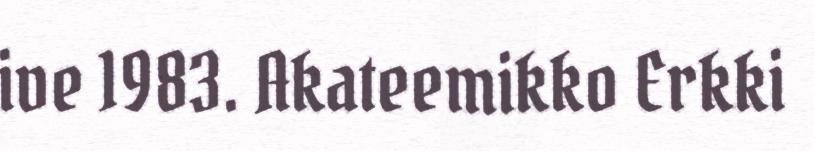
ive 1983. Akateemikko Erkki